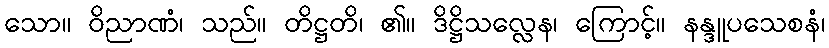
သော။ ဝိညာဏံ၊ သည်။ တိဋ္ဌတိ၊ ၏။ ဒိဋ္ဌိသလ္လေန၊ ကြောင့်။ နန္ဒူပသေစနံ၊